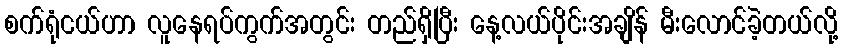
စက်ရုံငယ်ဟာ လူနေရပ်ကွက်အတွင်း တည်ရှိပြီး နေ့လယ်ပိုင်းအချိန် မီးလောင်ခဲ့တယ်လို့